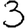
Digit: 3